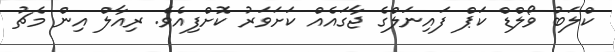
ކްލަބު ވޯލްޑް ކަޕް ފައިނަލްގެ ޖާގައެއް ކަށަވަރު ކޮށްފިއެވެ. ރިއާލް އިން މެޗު